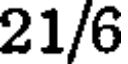
21/6